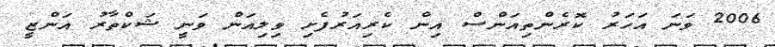
2006 ވަނަ އަހަރު ކޮރެންތިއަންސް އިން ކެރިއަރުފެށި ވިލިއަން ވަނީ ޝަކްތާރު އަންޒީ